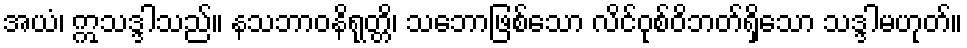
အယံ၊ ဣသဒ္ဒါသည်။ နသဘာဝနိရုတ္တိ၊ သဘောဖြစ်သော လိင်ဝုစ်ဝိဘတ်ရှိသော သဒ္ဒါမဟုတ်။